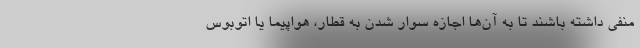
منفی داشته باشند تا به آن‌ها اجازه سوار شدن به قطار، هواپیما یا اتوبوس